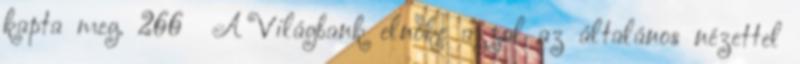
kapta meg. 266 A Világbank elnöke azzal az általános nézettel